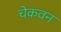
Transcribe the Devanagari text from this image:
चेकवन